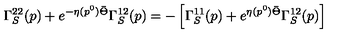
\Gamma _ { S } ^ { 2 2 } ( p ) + e ^ { - \eta ( p ^ { 0 } ) \bar { \Theta } } \Gamma _ { S } ^ { 1 2 } ( p ) = - \left[ \Gamma _ { S } ^ { 1 1 } ( p ) + e ^ { \eta ( p ^ { 0 } ) \bar { \Theta } } \Gamma _ { S } ^ { 1 2 } ( p ) \right]